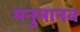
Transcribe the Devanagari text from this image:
मनुमानव